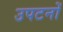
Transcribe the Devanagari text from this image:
उपटनों